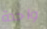
واحدة